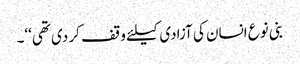
بنی نوع انسان کی آزادی کیلئے وقف کر دی تھی‘‘۔